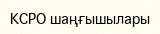
КСРО шаңғышылары